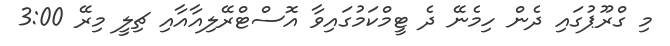
މި ގްރޫޕުގައި ދެން ހިމެނޭ ދެ ޓީމްކަމުގައިވާ އޮސްޓްރޭލިއާއާއި ޗިލީ މިރޭ 3:00